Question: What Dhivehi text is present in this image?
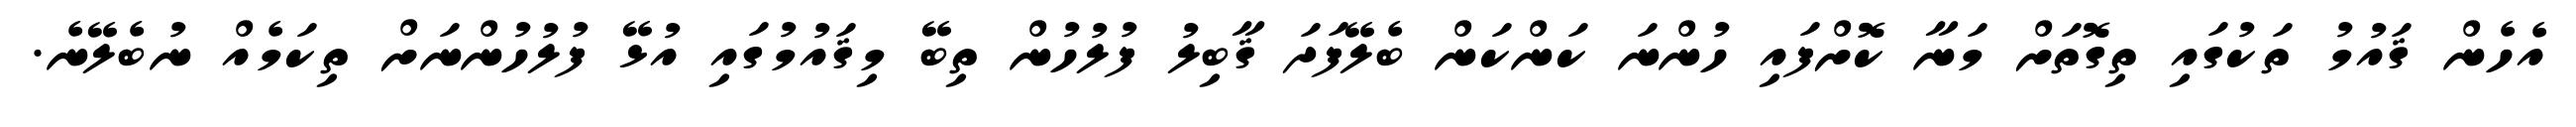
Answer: އެހެން ޤައުމު ތަކުގައި ތިގޮތަށް މަނާ ކޮށްފައި ހުންނަ ކަންކަން ބެލޭފަދަ ޤާބިލު ފުލުހުން ތިބޭ މިޤައުމުގައި އުޅޭ ފުލުހުންނަށް ތިކަމެއް ނުބެލޭނެ.